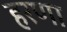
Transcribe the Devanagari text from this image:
हरणा